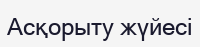
Асқорыту жүйесі